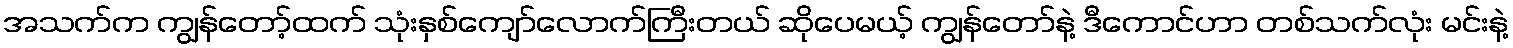
အသက်က ကျွန်တော့်ထက် သုံးနှစ်ကျော်လောက်ကြီးတယ် ဆိုပေမယ့် ကျွန်တော်နဲ့ ဒီကောင်ဟာ တစ်သက်လုံး မင်းနဲ့